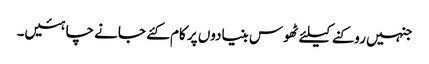
جنہیں روکنے کیلئے ٹھوس بنیادوں پر کام کئے جانے چاہئیں۔